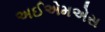
અઈએમએસ